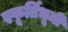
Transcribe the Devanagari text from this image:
स्फूर्तिभूमी